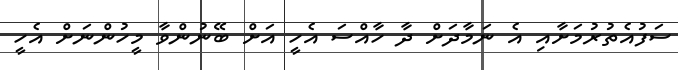
ސަފުއެތުރުމަށާއި އެ ނަމާދަށް ދާ ހާއްސަ އެހީ އަށް ބޭނުންވާ މީހުންނަށް އެހީ